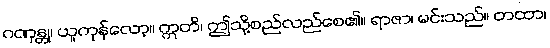
ဂဏှန္တု၊ ယူကုန်လော့။ ဣတိ၊ ဤသို့စည်လည်စေ၏။ ရာဇာ၊ မင်းသည်။ တထာ၊